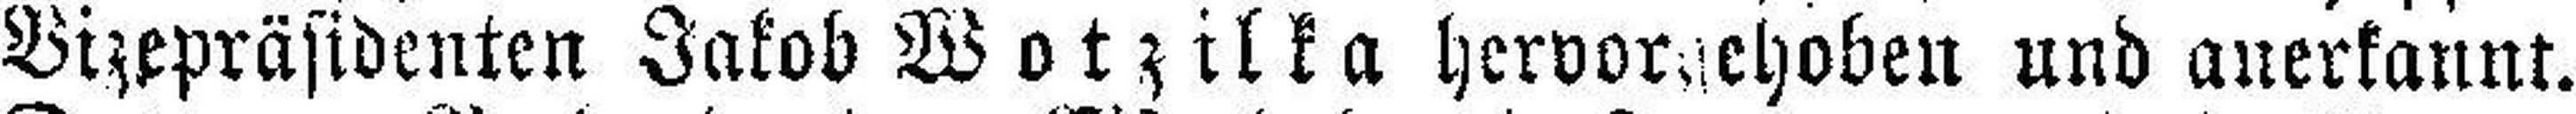
Vizepräsidenten Jakob Wotzilka hervorgehoben und anerkannt.